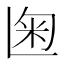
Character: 𰪨